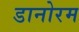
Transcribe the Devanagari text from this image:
डानोरम